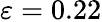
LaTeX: \varepsilon=0.22